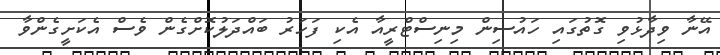
އޭނާ ވިދާޅުވި ގޮތުގައި ހައުސިން މިނިސްޓްރީއާ އެކި ފަހަރު ބައްދަލުކޮށްގެން ވެސް އެކަށީގެންވާ